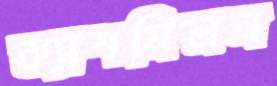
ক্যাশমিলন